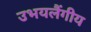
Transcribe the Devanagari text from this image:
उभयलैंगीय